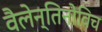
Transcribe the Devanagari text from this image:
वैलेन्तिनोविच